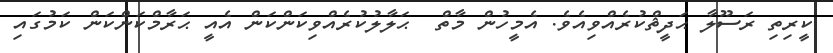
ކީރިތި ރަސޫލާ ޙަދީޘްކުރެއްވިއެވެ. އެމީހުން މާތް  ޙަލާލުކުރެއްވިކަންކަން އެއީ ޙަރާމްކަންކަން ކަމުގައި